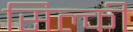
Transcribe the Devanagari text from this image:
सिल्की